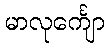
မာလုင်္ကျော